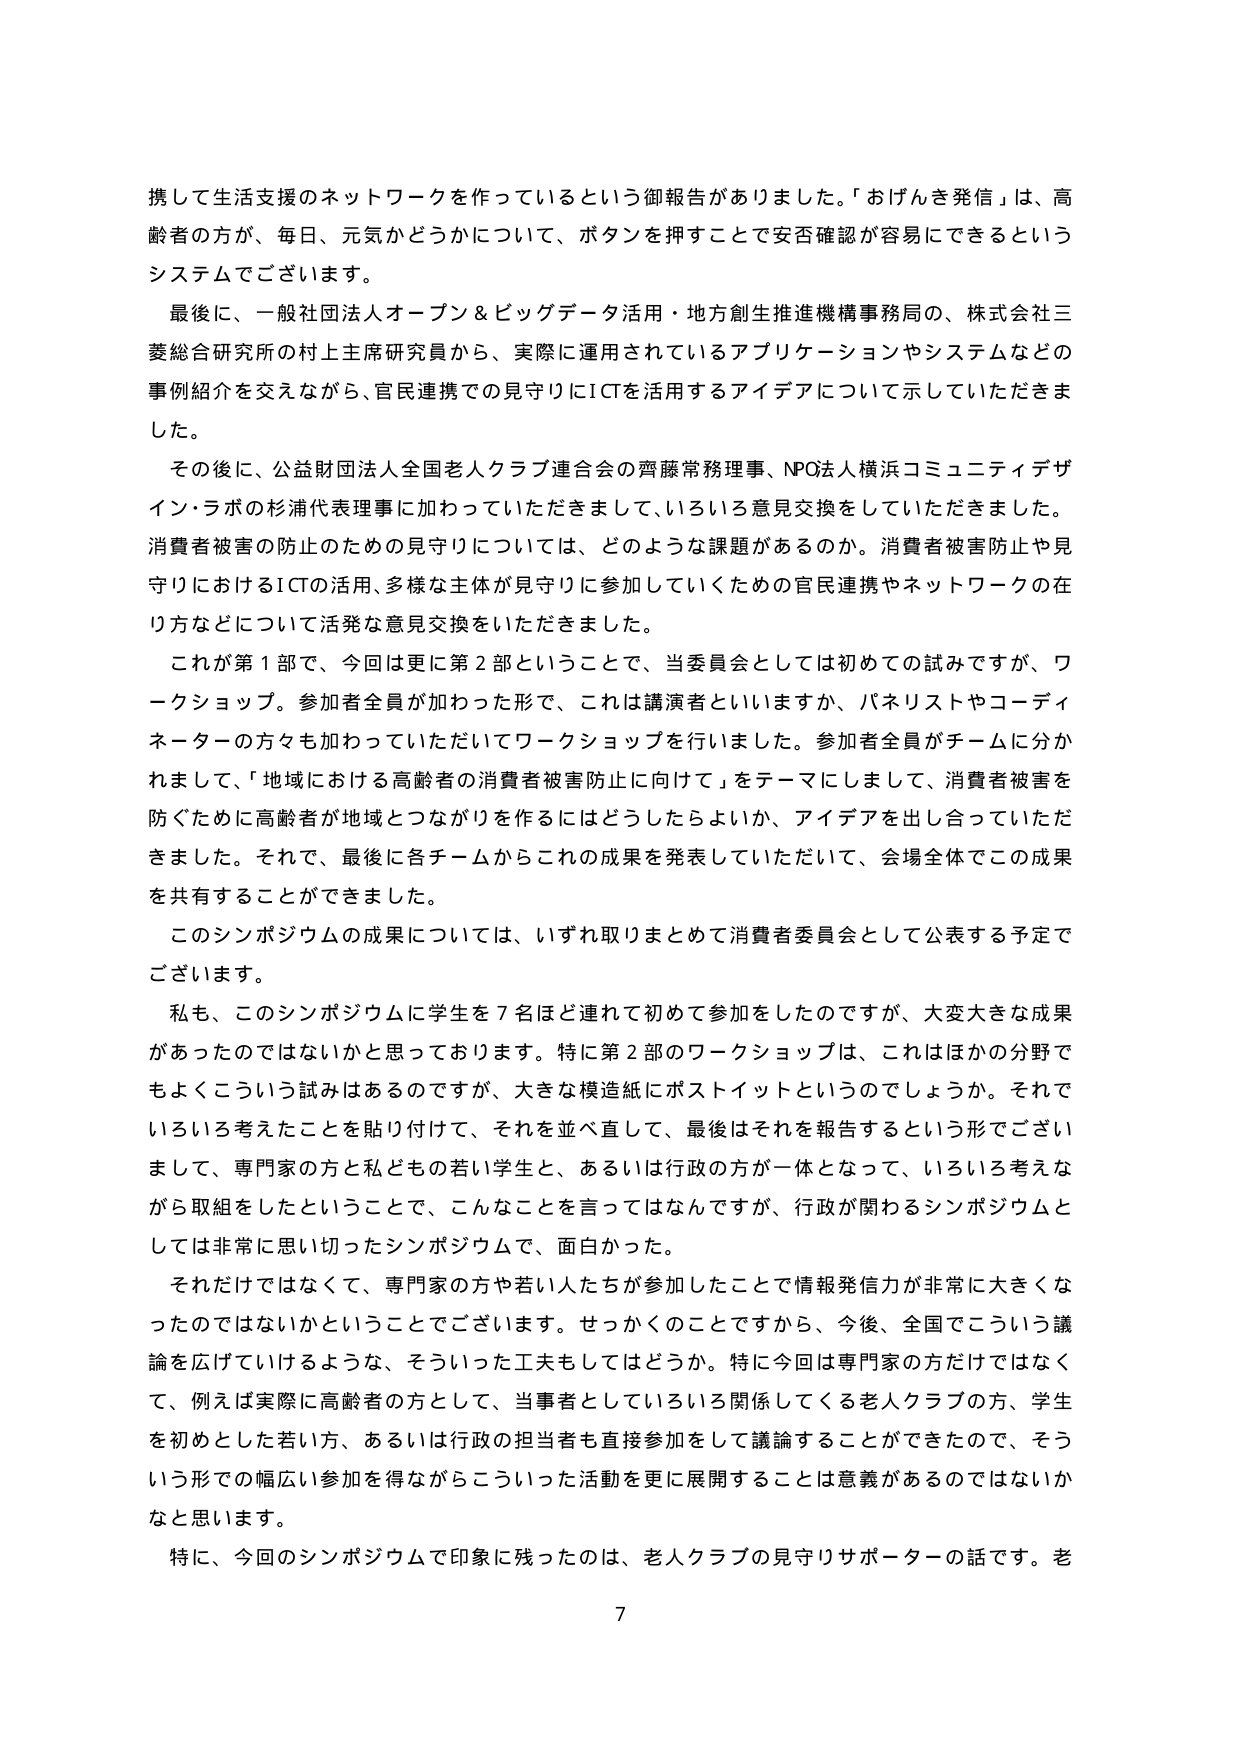
携して生活支援のネットワークを作っているという御報告がありました。「おげんき発信」は、高齢者の方が、毎日、元気かどうかについて、ボタンを押すことで安否確認が容易にできるというシステムでございます。

最後に、一般社団法人オープン＆ビッグデータ活用・地方創生推進機構事務局の、株式会社三菱総合研究所の村上主席研究員から、実際に運用されているアプリケーションやシステムなどの事例紹介を交えながら、官民連携での見守りにICTを活用するアイデアについて示していただきました。

その後に、公益財団法人全国老人クラブ連合会の齊藤常務理事、NPO法人横浜コミュニティデザイン・ラボの杉浦代表理事に加わっていただきまして、いろいろ意見交換をしていただきました。消費者被害の防止のための見守りについては、どのような課題があるのか。消費者被害防止や見守りにおけるICTの活用、多様な主体が見守りに参加していくための官民連携やネットワークの在り方などについて活発な意見交換をいただきました。

これが第1部で、今回は更に第2部ということで、当委員会としては初めての試みですが、ワークショップ。参加者全員が加わった形で、これは講演者といいますか、パネリストやコーディネーターの方々も加わっていただいてワークショップを行いました。参加者全員がチームに分かれまして、「地域における高齢者の消費者被害防止に向けて」をテーマにしまして、消費者被害を防ぐために高齢者が地域とつながりを作るにはどうしたらよいか、アイデアを出し合っていただきました。それで、最後に各チームからこれの成果を発表していただいて、会場全体でこの成果を共有することができました。

このシンポジウムの成果については、いずれ取りまとめて消費者委員会として公表する予定でございます。

私も、このシンポジウムに学生を7名ほど連れて初めて参加をしたのですが、大変大きな成果があったのではないかと思っております。特に第2部のワークショップは、これはほかの分野でもよくこういう試みはあるのですが、大きな模造紙にポストイットというのでしょうか。それでいろいろ考えたことを貼り付けて、それを並べ直して、最後はそれを報告するという形でございまして、専門家の方と私どもの若い学生と、あるいは行政の方が一体となって、いろいろ考えながら取組をしたということで、こんなことを言ってはなんですが、行政が関わるシンポジウムとしては非常に思い切ったシンポジウムで、面白かった。

それだけではなくて、専門家の方や若い人たちが参加したことで情報発信力が非常に大きくなったのではないかということでございます。せっかくのことですから、今後、全国でこういう議論を広げていけるような、そういった工夫もしてはどうか。特に今回は専門家の方だけではなくて、例えば実際に高齢者の方として、当事者としていろいろ関係してくる老人クラブの方、学生を初めとした若い方、あるいは行政の担当者も直接参加をして議論することができたので、そういう形での幅広い参加を得ながらこういった活動を更に展開することは意義があるのではないかと思います。

特に、今回のシンポジウムで印象に残ったのは、老人クラブの見守りサポーターの話です。老

7